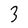
Character: 3